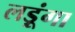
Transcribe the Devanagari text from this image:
लड़ूंगा